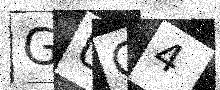
Text: GUG4